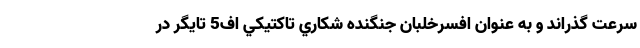
سرعت گذراند و به عنوان افسرخلبان جنگنده شكاري تاكتيكي اف5 تايگر در